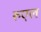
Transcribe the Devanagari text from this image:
रुएल